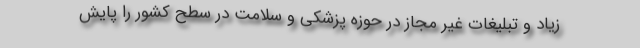
زیاد و تبلیغات غیر مجاز در حوزه پزشکی و سلامت در سطح کشور را پایش